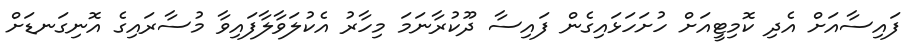
ފައިސާއަށް އެދި ކޮމިޓީއަށް ހުށަހަޅައިގެން ފައިސާ ދޫކުރާނަމަ މިހާރު އެކުލަވާލާފައިވާ މުސާރައިގެ އޮނިގަނޑަށް